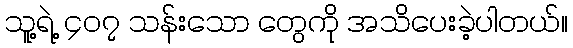
သူ့ရဲ့ ၄၀၇ သန်းသော တွေကို အသိပေးခဲ့ပါတယ်။